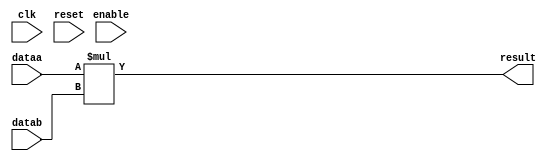
module RV_multiplier#(

    parameter WIDTHA  = 32,
    parameter WIDTHB  = 32,
    parameter WIDTHP  = 64,  //Width of the  product
    parameter SIGNED  = 0,
    parameter LATENCY = 0

)(
    
    input  wire clk,
    input  wire enable,
    input  wire reset,
    input  wire [WIDTHA-1 : 0] dataa,
    input  wire [WIDTHB-1 : 0] datab,
    output wire [WIDTHP-1 : 0] result
    
);

    wire [WIDTHP-1 : 0] result_temp;
    
    if(SIGNED)
    begin
    
        assign result_temp = $signed(dataa) * $signed(datab);
    
    end
    else begin
    
        assign result_temp = dataa * datab;
    
    end
    
    if(LATENCY == 0)
    begin
        
        assign result = result_temp;
    
    end
    else begin
    
        reg [WIDTHP-1 : 0] pipe_results [LATENCY-1 : 0];
        genvar i;
        always@(posedge clk)
        begin
        
            if(enable)
            begin
            
                pipe_results[0] <= result_temp;
                
            end
        
        end
        
        for (i = 1; i < LATENCY; i=i+1) 
        begin
            
            always@(posedge clk)
            begin
            
                if(enable)
                begin
                    
                    pipe_results[i] <= pipe_results[i-1];
                
                end
            
            end
        
        end
        
        assign result = pipe_results[LATENCY-1];
        
    end

endmodule